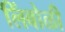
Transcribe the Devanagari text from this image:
लिंबोळी